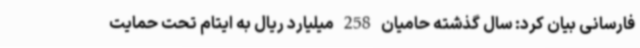
فارسانی بیان کرد: سال گذشته حامیان 258 میلیارد ریال به ایتام تحت حمایت